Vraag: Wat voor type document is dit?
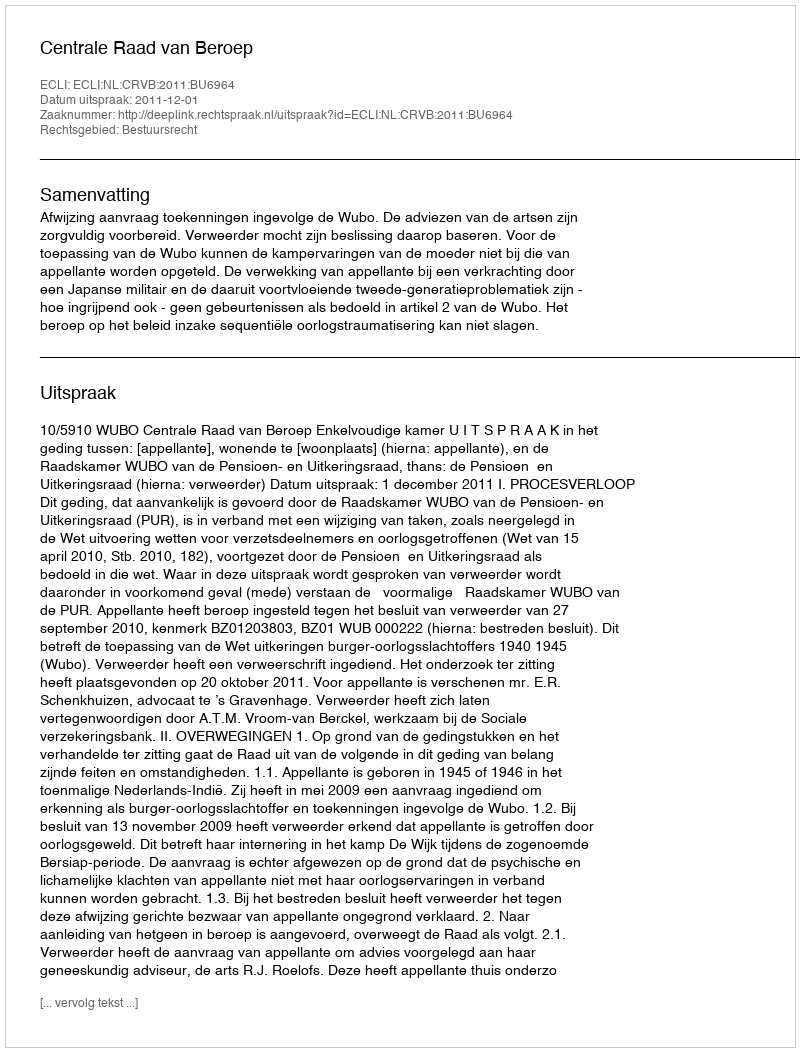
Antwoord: Uitspraak